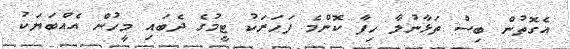
އެގޮތުން ބިސް ތަޅާނުލާ ހިފާ ކޮންމެ ފަހަރަކު ޓީމުގެ ދެބައި މީހުން އެއްބަޔަކު